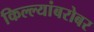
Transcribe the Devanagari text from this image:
किल्ल्यांबरोबर